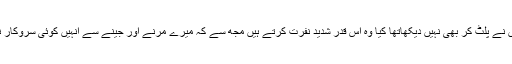
انہوں نے پلٹ کر بھی نہیں دیکھاتھا کیا وہ اس قدر شدید نفرت کرتے ہیں مجھ سے کہ میرے مرنے اور جینے سے انہیں کوئی سروکار نہیں۔